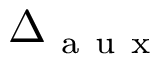
\Delta _ { \mathrm { ~ a ~ u ~ x ~ } }